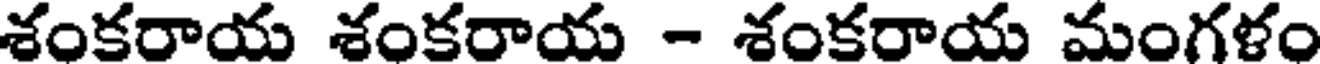
శంకరాయ శంకరాయ - శంకరాయ మంగళం